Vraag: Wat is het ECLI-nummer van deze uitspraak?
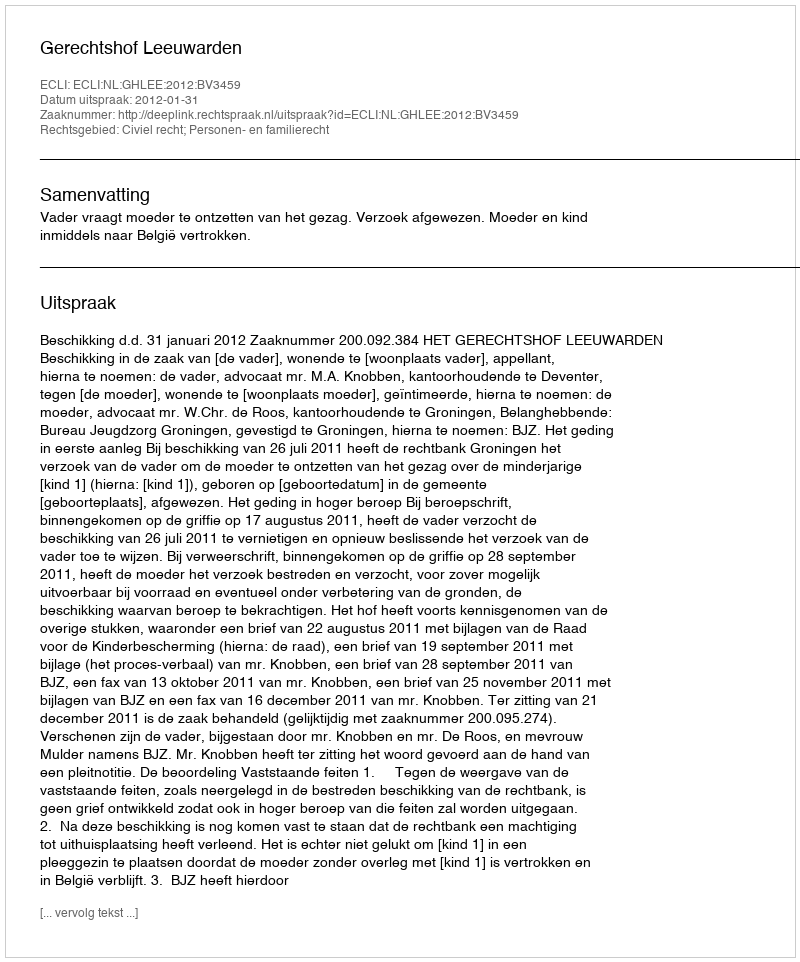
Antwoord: ECLI:NL:GHLEE:2012:BV3459